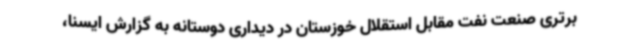
برتری صنعت نفت مقابل استقلال خوزستان در دیداری دوستانه به گزارش ایسنا،